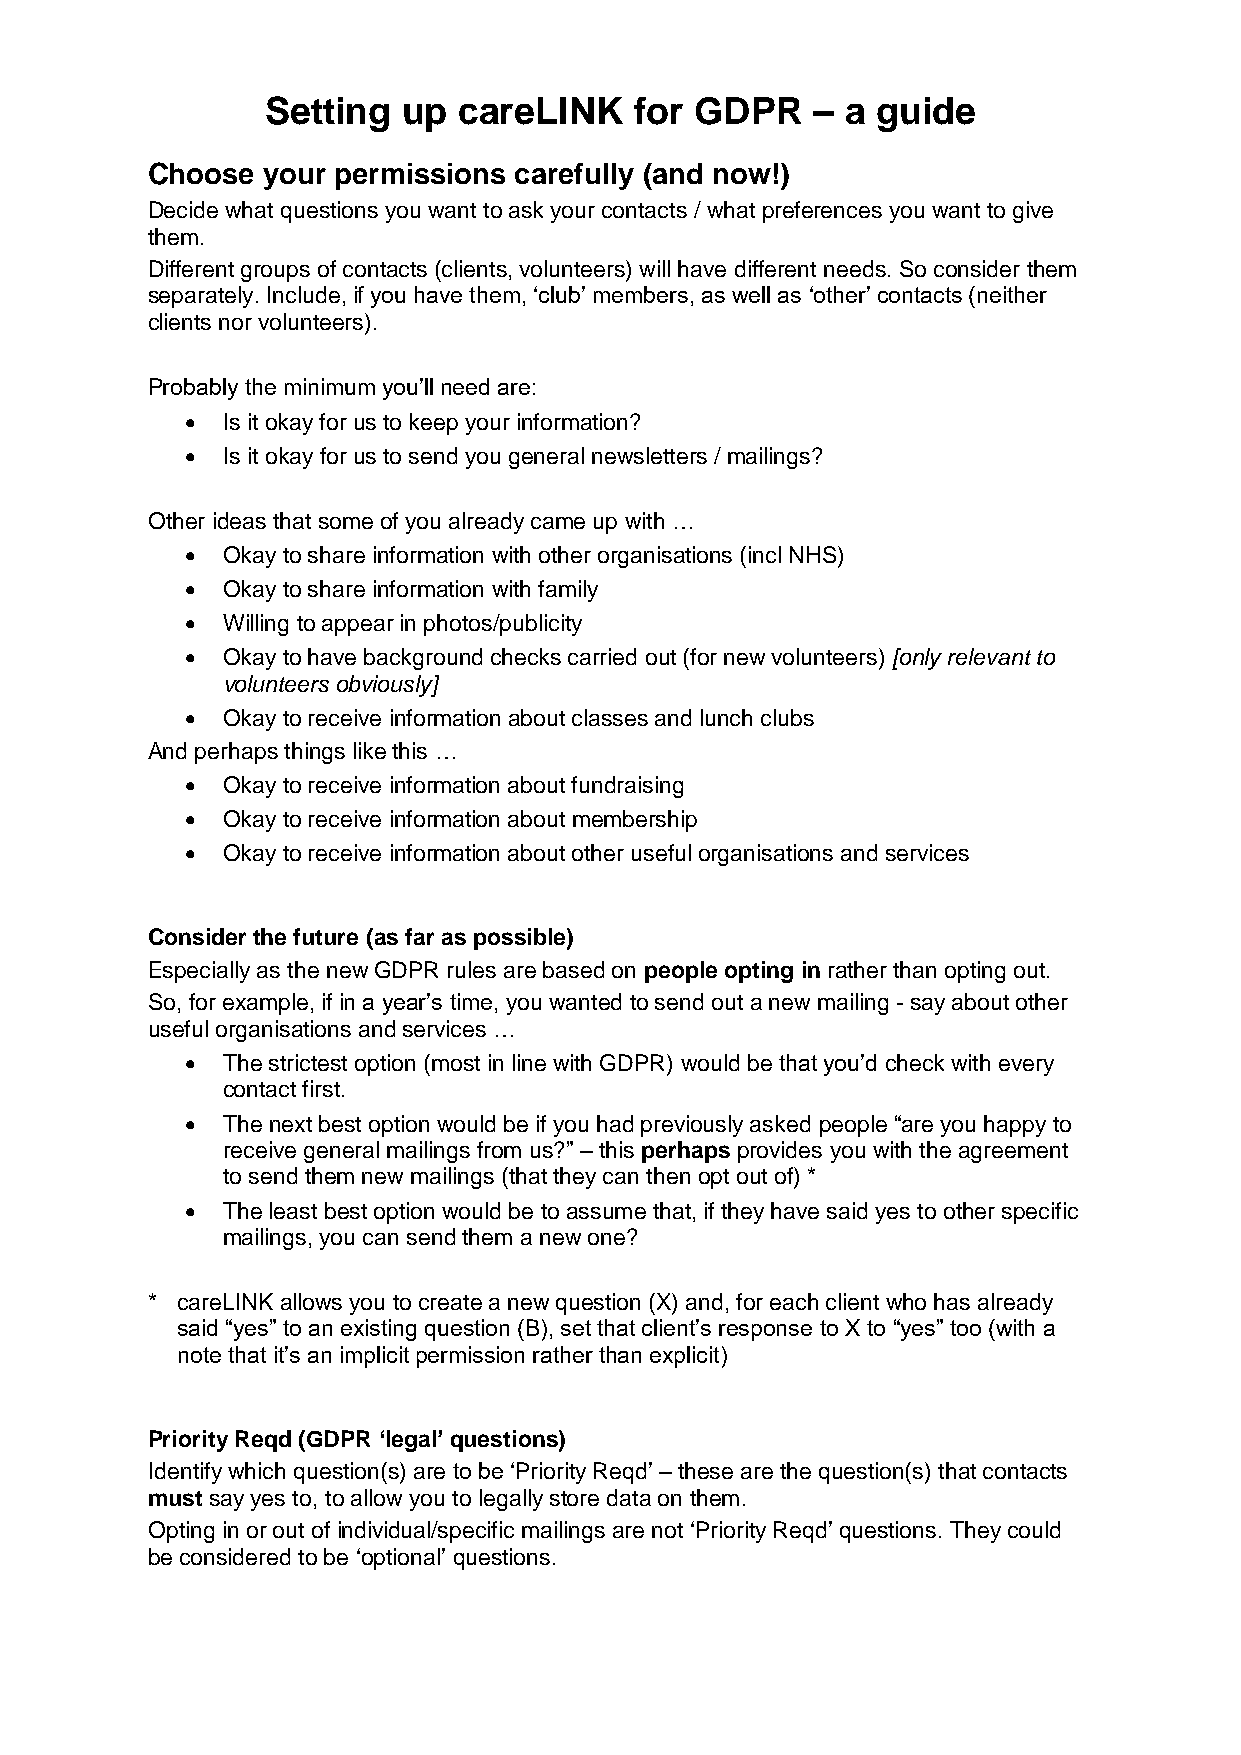
Setting  up careLINK    for GDPR    – a guide
 Choose your permissions carefully (and now!)
 Decide what questions you want to ask your contacts / what preferences you want to give
 them.
 Different groups of contacts (clients, volunteers) will have different needs. So consider them
 separately. Include, if you have them, ‘club’ members, as well as ‘other’ contacts (neither
 clients nor volunteers).
 Probably the minimum you’ll need are:
 •  Is it okay for us to keep your information?
 •  Is it okay for us to send you general newsletters / mailings?
 Other ideas that some of you already came up with …
 •  Okay to share information with other organisations (incl NHS)
 •  Okay to share information with family
 •  Willing to appear in photos/publicity
 •  Okay to have background checks carried out (for new volunteers) [only relevant to
 volunteers obviously]
 •  Okay to receive information about classes and lunch clubs
 And perhaps things like this …
 •  Okay to receive information about fundraising
 •  Okay to receive information about membership
 •  Okay to receive information about other useful organisations and services
 Consider the future (as far as possible)
 Especially as the new GDPR rules are based on people opting in rather than opting out.
 So, for example, if in a year’s time, you wanted to send out a new mailing - say about other
 useful organisations and services …
 •  The strictest option (most in line with GDPR) would be that you’d check with every
 contact first.
 •  The next best option would be if you had previously asked people “are you happy to
 receive general mailings from us?” – this perhaps provides you with the agreement
 to send them new mailings (that they can then opt out of) *
 •  The least best option would be to assume that, if they have said yes to other specific
 mailings, you can send them a new one?
 * careLINK allows you to create a new question (X) and, for each client who has already
 said “yes” to an existing question (B), set that client’s response to X to “yes” too (with a
 note that it’s an implicit permission rather than explicit)
 Priority Reqd (GDPR ‘legal’ questions)
 Identify which question(s) are to be ‘Priority Reqd’ – these are the question(s) that contacts
 must say yes to, to allow you to legally store data on them.
 Opting in or out of individual/specific mailings are not ‘Priority Reqd’ questions. They could
 be considered to be ‘optional’ questions.